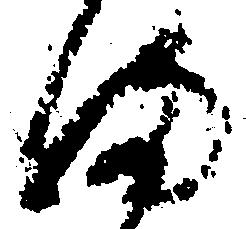
ま